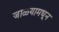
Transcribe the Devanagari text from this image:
जाळ्यामधून